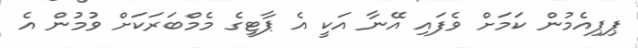
ޕިޕިއެމުން ކަމަށް ވެފައި އޭނާ އަކީ އެ ޕާޓީގެ މެމްބަރަކަށް ވުމުން އެ